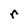
Character: r